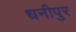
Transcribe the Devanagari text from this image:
धनीपुर